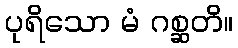
ပုရိသော မံ ဂစ္ဆတိ။